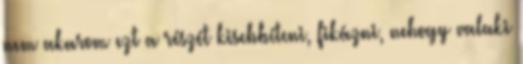
nem akarom ezt a részét kisebbíteni, fikázni, nehogy valaki